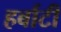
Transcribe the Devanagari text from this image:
हर्बाटी